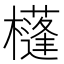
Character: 𣟀